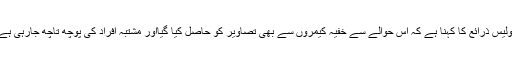
پولیس ذرائع کا کہنا ہے کہ اس حوالے سے خفیہ کیمروں سے بھی تصاویر کو حاصل کیا گیااور مشتبہ افراد کی پوچھ تاچھ جارہی ہے۔